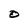
Character: O